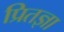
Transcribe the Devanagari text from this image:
प्रितज्ञा